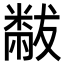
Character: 𬖬